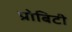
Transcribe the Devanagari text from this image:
प्रोबिटी